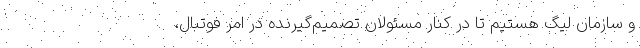
و سازمان لیگ هستیم تا در کنار مسئولان تصمیم‌گیرنده در امر فوتبال،